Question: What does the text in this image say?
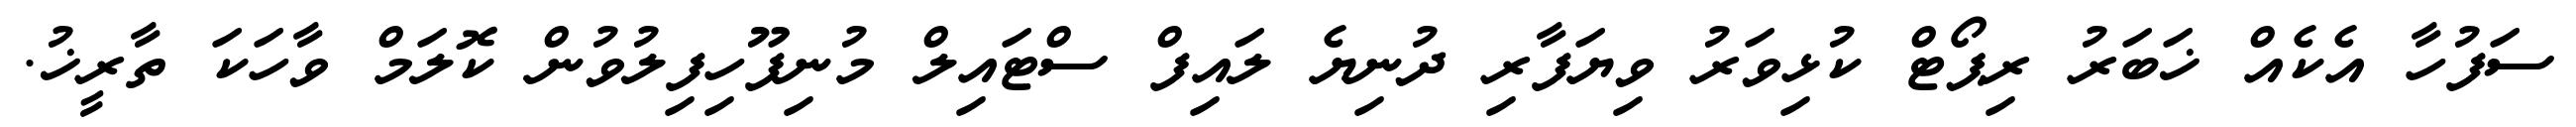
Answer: ސަފުހާ އެކެއް ޚަބަރު ރިޕޯޓް ކުޅިވަރު ވިޔަފާރި ދުނިޔެ ލައިފް ސްޓައިލް މުނިފޫހިފިލުވުން ކޮލަމް ވާހަކަ ތާރީޚު.